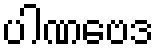
ပါဏဗေဒ